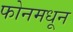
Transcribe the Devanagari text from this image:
फोनमधून